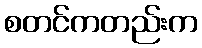
စတင်ကတည်းက